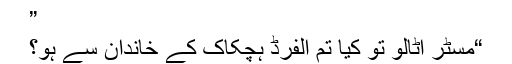
”
“مسٹر اٹالو تو کیا تم الفرڈ ہچکاک کے خاندان سے ہو؟